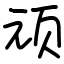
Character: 顽